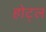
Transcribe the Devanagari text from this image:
होट्ल